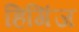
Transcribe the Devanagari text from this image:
हिगिंज